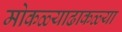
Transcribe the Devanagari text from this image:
मोकळ्याढाकळ्या